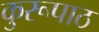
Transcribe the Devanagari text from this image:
कुरूपाठ